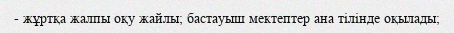
- жұртқа жалпы оқу жайлы; бастауыш мектептер ана тілінде оқылады;